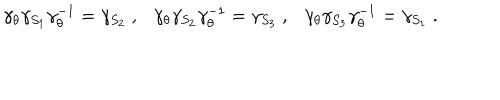
\gamma _ { \theta } \gamma _ { S _ { 1 } } \gamma _ { \theta } ^ { - 1 } = \gamma _ { S _ { 2 } } ~ , \gamma _ { \theta } \gamma _ { S _ { 2 } } \gamma _ { \theta } ^ { - 1 } = \gamma _ { S _ { 3 } } ~ , \gamma _ { \theta } \gamma _ { S _ { 3 } } \gamma _ { \theta } ^ { - 1 } = \gamma _ { S _ { 1 } } ~ .